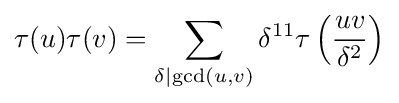
\tau (u)\tau (v)=\sum _{\delta \mid \gcd(u,v)}\delta ^{11}\tau \left({\frac {uv}{\delta ^{2}}}\right)